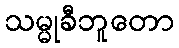
သမ္မုခီဘူတော